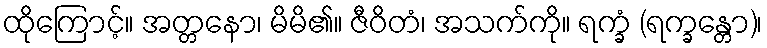
ထိုကြောင့်။ အတ္တနော၊ မိမိ၏။ ဇီဝိတံ၊ အသက်ကို။ ရက္ခံ (ရက္ခန္တော)၊